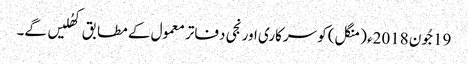
19جُون 2018ء (منگل) کو سرکاری اور نجی دفاتر معمول کے مطابق کھُلیں گے۔